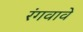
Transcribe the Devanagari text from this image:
रंगवावे